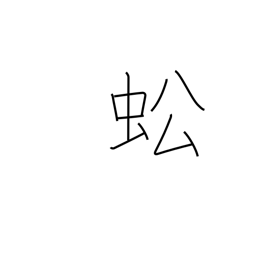
Meaning: grasshopper